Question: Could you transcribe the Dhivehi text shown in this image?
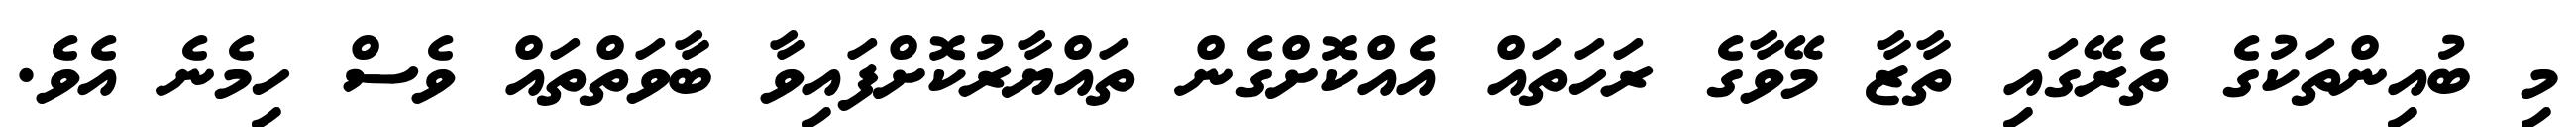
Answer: މި ބުއިންތަކުގެ ތެރޭގައި ތާޒާ މޭވާގެ ރަހަތައް އެއްކޮށްގެން ތައްޔާރުކޮށްފައިވާ ބާވަތްތައް ވެސް ހިމެނެ އެވެ.